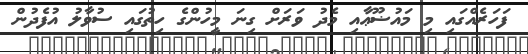
ފަހަރެއްގައި މި މައުޟޫޢާއި މެދު ވަރަށް ގިނަ މީހުންގެ ހިތުގައި ސުވާލު އުފެދުން